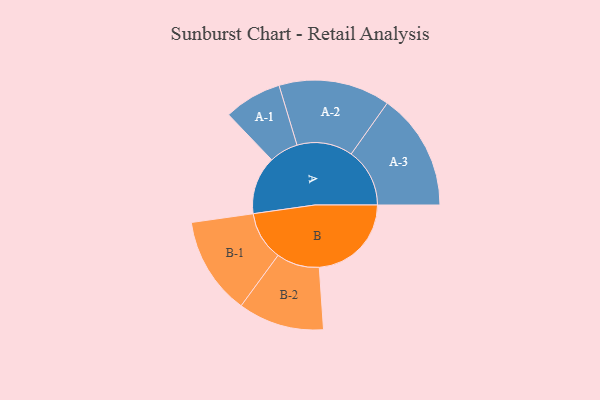
{"axis": {"x": "Segment", "y": "Value"}, "legend": ["", "A", "B"], "data": [{"x": "A", "y": 273, "type": ""}, {"x": "B", "y": 433, "type": ""}, {"x": "A-1", "y": 136, "type": "A"}, {"x": "A-2", "y": 262, "type": "A"}, {"x": "A-3", "y": 275, "type": "A"}, {"x": "B-1", "y": 230, "type": "B"}, {"x": "B-2", "y": 202, "type": "B"}]}